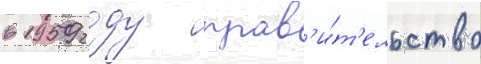
в 1959 году прав'и́т'ельство